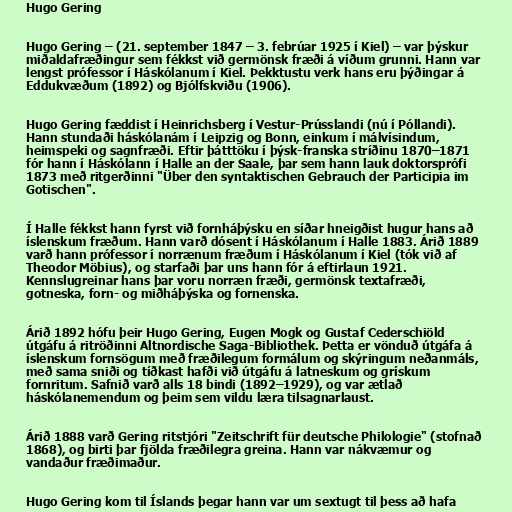
Hugo Gering

Hugo Gering – (21. september 1847 – 3. febrúar 1925 í Kiel) – var þýskur
miðaldafræðingur sem fékkst við germönsk fræði á víðum grunni. Hann var
lengst prófessor í Háskólanum í Kiel. Þekktustu verk hans eru þýðingar á
Eddukvæðum (1892) og Bjólfskviðu (1906).

Hugo Gering fæddist í Heinrichsberg í Vestur-Prússlandi (nú í Póllandi).
Hann stundaði háskólanám í Leipzig og Bonn, einkum í málvísindum,
heimspeki og sagnfræði. Eftir þátttöku í þýsk-franska stríðinu 1870–1871
fór hann í Háskólann í Halle an der Saale, þar sem hann lauk doktorsprófi
1873 með ritgerðinni "Über den syntaktischen Gebrauch der Participia im
Gotischen".

Í Halle fékkst hann fyrst við fornháþýsku en síðar hneigðist hugur hans að
íslenskum fræðum. Hann varð dósent í Háskólanum í Halle 1883. Árið 1889
varð hann prófessor í norrænum fræðum í Háskólanum í Kiel (tók við af
Theodor Möbius), og starfaði þar uns hann fór á eftirlaun 1921.
Kennslugreinar hans þar voru norræn fræði, germönsk textafræði,
gotneska, forn- og miðháþýska og fornenska.

Árið 1892 hófu þeir Hugo Gering, Eugen Mogk og Gustaf Cederschiöld
útgáfu á ritröðinni Altnordische Saga-Bibliothek. Þetta er vönduð útgáfa á
íslenskum fornsögum með fræðilegum formálum og skýringum neðanmáls,
með sama sniði og tíðkast hafði við útgáfu á latneskum og grískum
fornritum. Safnið varð alls 18 bindi (1892–1929), og var ætlað
háskólanemendum og þeim sem vildu læra tilsagnarlaust.

Árið 1888 varð Gering ritstjóri "Zeitschrift für deutsche Philologie" (stofnað
1868), og birti þar fjölda fræðilegra greina. Hann var nákvæmur og
vandaður fræðimaður.

Hugo Gering kom til Íslands þegar hann var um sextugt til þess að hafa